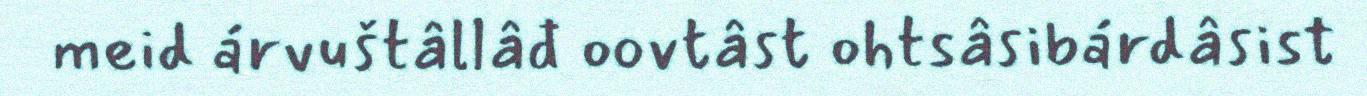
meid árvuštâllâđ oovtâst ohtsâsibárdâsist